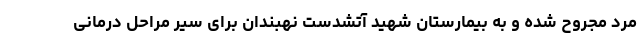
مرد مجروح شده و به بیمارستان شهید آتشدست نهبندان برای سیر مراحل درمانی